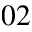
_ { 0 2 }